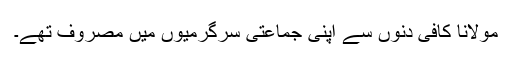
مولانا کافی دنوں سے اپنی جماعتی سرگرمیوں میں مصروف تھے۔